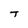
Character: T